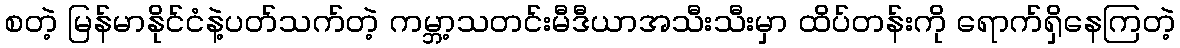
စတဲ့ မြန်မာနိုင်ငံနဲ့ပတ်သက်တဲ့ ကမ္ဘာ့သတင်းမီဒီယာအသီးသီးမှာ ထိပ်တန်းကို ရောက်ရှိနေကြတဲ့